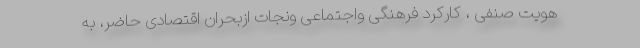
هویت صنفی ، کارکرد فرهنگی واجتماعی ونجات ازبحران اقتصادی حاضر، به